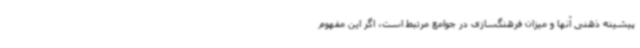
پیشینه ذهنی آنها و میزان فرهنگسازی در جوامع مرتبط است، اگر این مفهوم